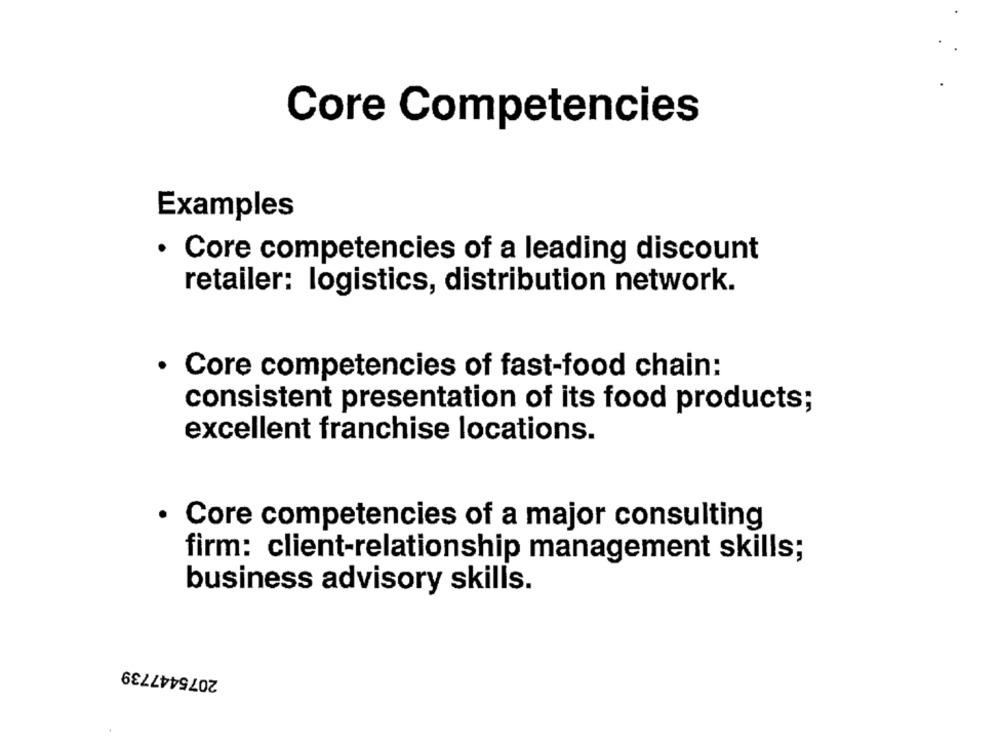
Core Competencies
Examples
· Core competencies of a leading discount
retailer: logistics, distribution network.
Core competencies of fast-food chain:
consistent presentation of its food products;
excellent franchise locations.
· Core competencies of a major consulting
firm: client-relationship management skills;
business advisory skills.
2075447739